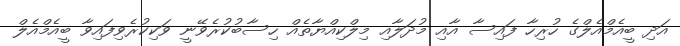
އަދި ބީއެމްއެލްގެ ހުރިހާ ފައިސާ އާއި މުދަލާއި މިލްކިއްޔާތެއް ހިސާބުކުރެވޭނީ ވަކިކުރެވިފައިވާ ބީއެމްއެލް